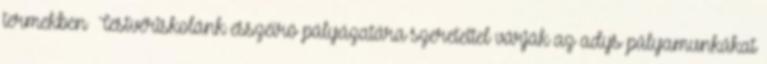
termekben Testvériskolánk esszéíró pályázatára szeretettel várják az adys pályamunkákat